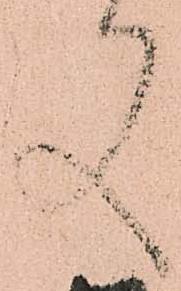
又